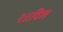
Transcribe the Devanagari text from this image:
२॥दिल